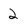
Character: 2